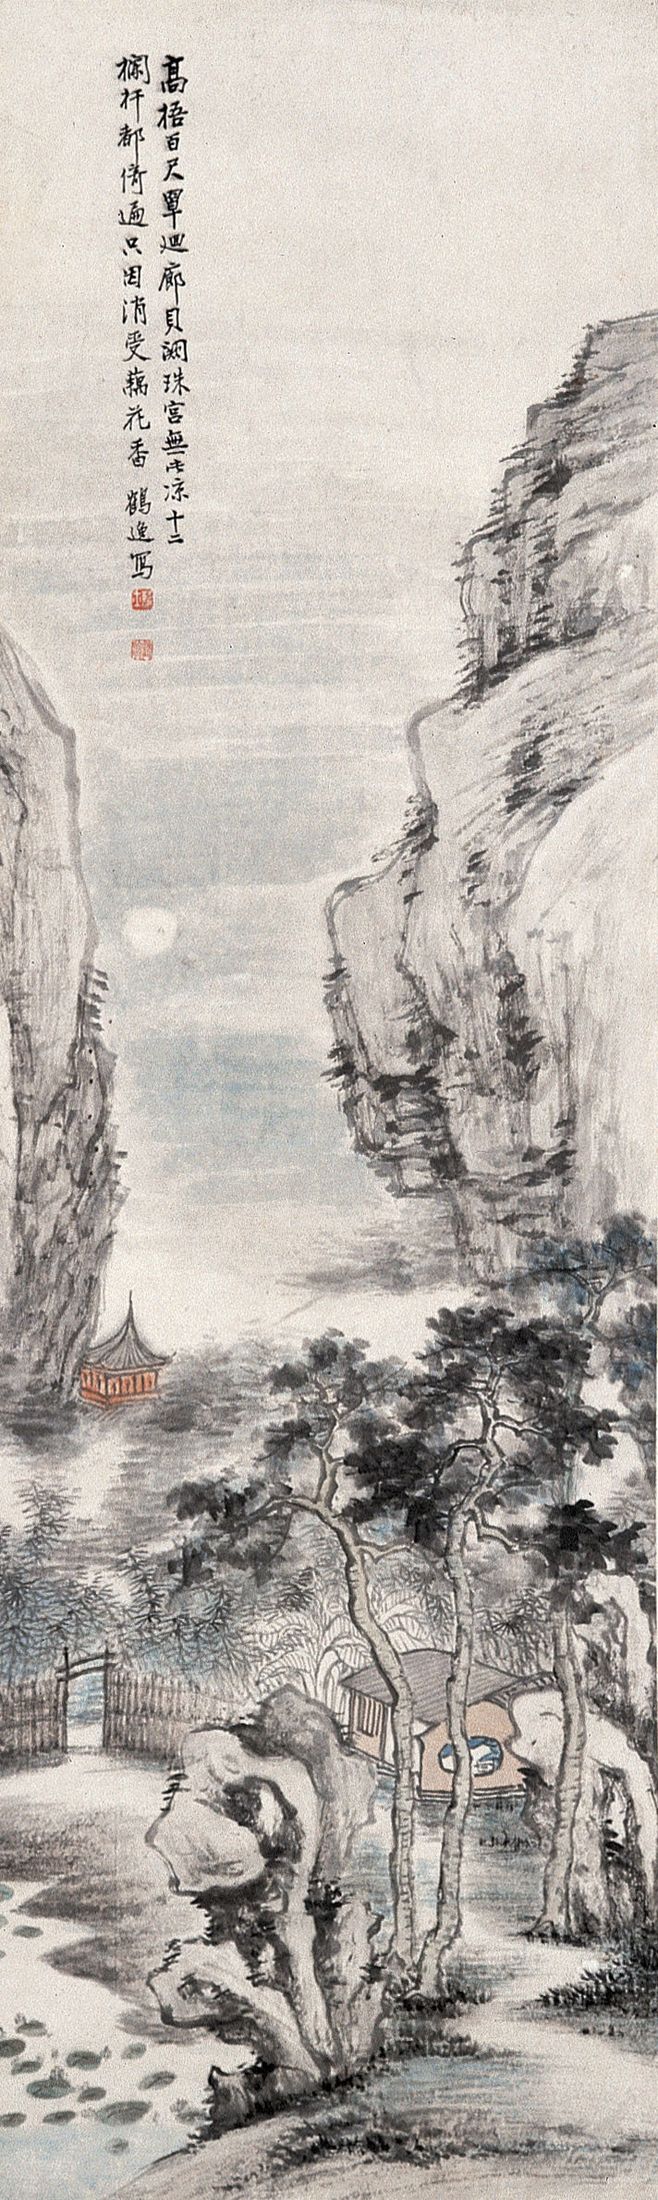
露清枕簟藕花香，恨悠扬。